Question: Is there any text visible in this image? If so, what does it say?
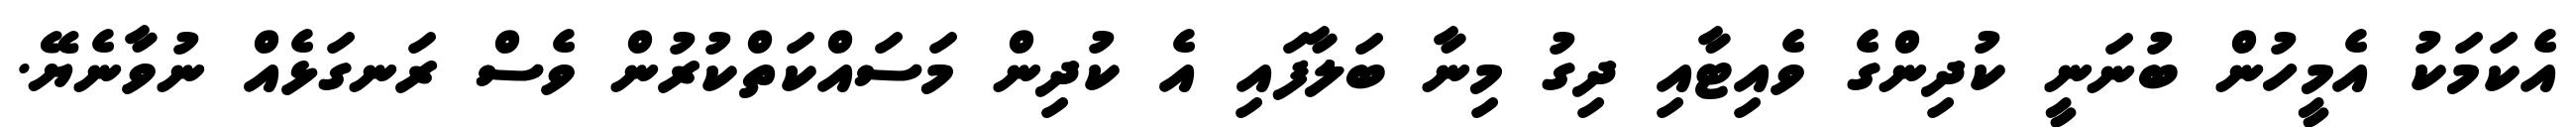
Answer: އެކަމަކު އެމީހުން ބުނަނީ ކުދިންގެ ވެއިޓާއި ދިގު މިނާ ބަލާފައި އެ ކުދިން މަސައްކަތްކުރުން ވެސް ރަނގަޅެއް ނުވާނެޔޭ.